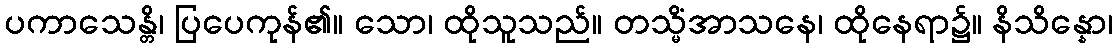
ပကာသေန္တိ၊ ပြပေကုန်၏။ သော၊ ထိုသူသည်။ တသ္မိံအာသနေ၊ ထိုနေရာ၌။ နိသိန္နော၊